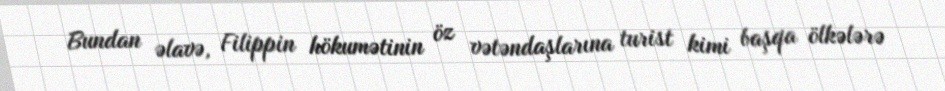
Bundan əlavə, Filippin hökumətinin öz vətəndaşlarına turist kimi başqa ölkələrə